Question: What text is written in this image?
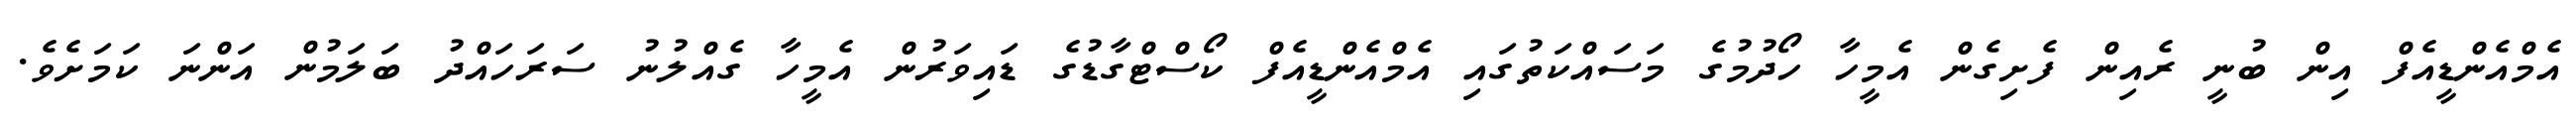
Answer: އެމްއެންޑީއެފް އިން ބުނީ ރެއިން ފެށިގެން އެމީހާ ހޯދުމުގެ މަސައްކަތުގައި އެމްއެންޑީއެފް ކޯސްޓްގާޑުގެ ޑައިވަރުން އެމީހާ ގެއްލުނު ސަރަހައްދު ބަލަމުން އަންނަ ކަމަށެވެ.